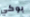
بوكي